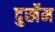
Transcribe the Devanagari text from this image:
दुर्खेम